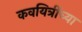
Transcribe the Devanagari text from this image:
कवयित्रींच्या